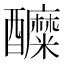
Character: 醾